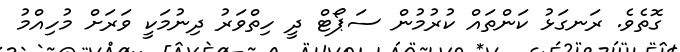
ގޮތެވެ. ރަނގަޅު ކަންތައް ކުރުމުން ސަޕޯޓް ދީ ހިތްވަރު ދިނުމަކީ ވަރަށް މުހިއްމު